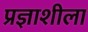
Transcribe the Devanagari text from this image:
प्रज्ञाशीला